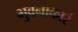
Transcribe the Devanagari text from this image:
भुवनाकारं